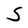
Character: S